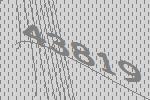
43819